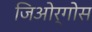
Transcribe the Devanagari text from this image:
जिओर्गोस